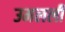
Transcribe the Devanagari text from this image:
उमलली